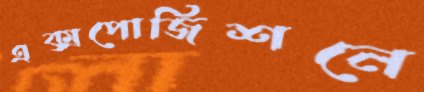
এক্সপোজিশনে